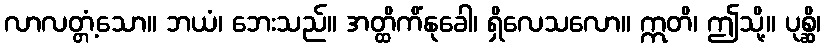
လာလတ္တံ့သော။ ဘယံ၊ ဘေးသည်။ အတ္ထိကိံနုခေါ၊ ရှိလေသလော။ ဣတိ၊ ဤသို့။ ပုစ္ဆိ၊